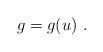
LaTeX: \begin{align*}g=g(u) \ .\end{align*}